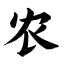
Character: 农